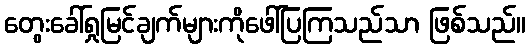
တွေးခေါ်ရှုမြင်ချက်များကိုဖေါ်ပြကြသည်သာ ဖြစ်သည်။